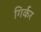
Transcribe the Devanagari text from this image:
गिर्कर